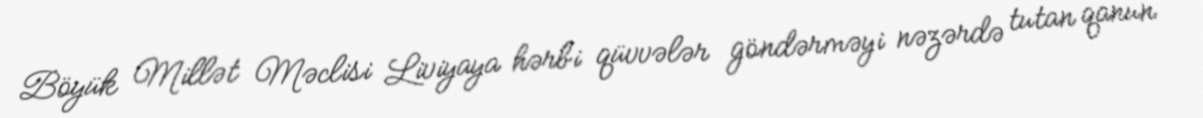
Böyük Millət Məclisi Liviyaya hərbi qüvvələr göndərməyi nəzərdə tutan qanun